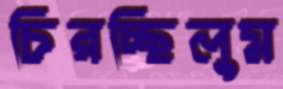
চিরচ্ছিলুম